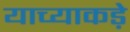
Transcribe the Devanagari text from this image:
याच्याकड़े